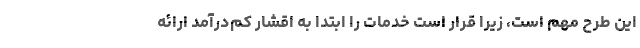
این طرح مهم است، زیرا قرار است خدمات را ابتدا به اقشار کم‌درآمد ارائه